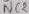
Text: NC2